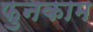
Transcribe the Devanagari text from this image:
फुनकाम